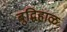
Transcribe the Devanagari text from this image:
बुद्घिहाळ